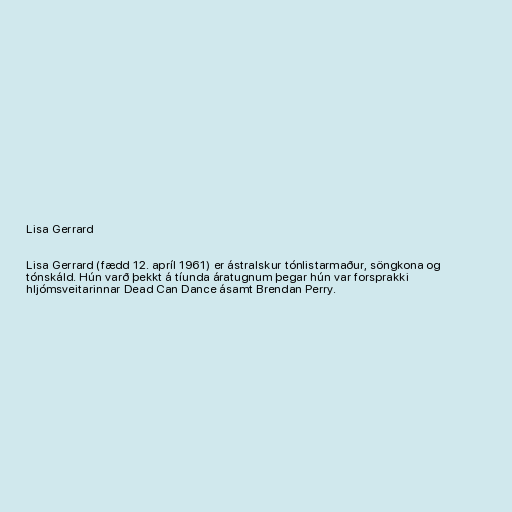
Lisa Gerrard

Lisa Gerrard (fædd 12. apríl 1961) er ástralskur tónlistarmaður, söngkona og
tónskáld. Hún varð þekkt á tíunda áratugnum þegar hún var forsprakki
hljómsveitarinnar Dead Can Dance ásamt Brendan Perry.